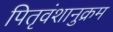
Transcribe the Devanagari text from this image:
पितृवंशानुक्रम